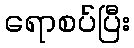
ရောစပ်ပြီး